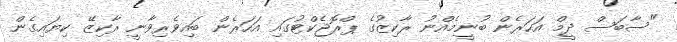
"ސާބަސް ދީމް އަހަރެން ބުނީމެއްނު ރާކިޒުގެ ޕްރޮޖެކްޓުގައި އަހަރެން ބައިވެރިވާނީ ރާކިޒޭ ކިޔައިގެން